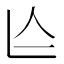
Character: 𠆦